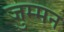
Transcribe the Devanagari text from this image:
जुम्मन